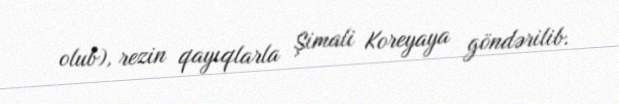
olub), rezin qayıqlarla Şimali Koreyaya göndərilib.